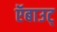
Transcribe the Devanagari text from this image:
ऍबाउट्